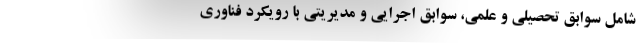
شامل سوابق تحصیلی و علمی، سوابق اجرایی و مدیریتی با رویکرد فناوری